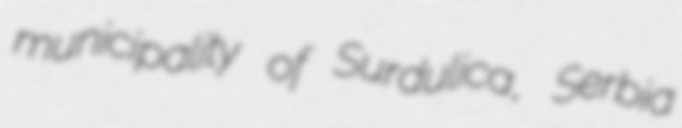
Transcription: municipality of Surdulica, Serbia